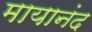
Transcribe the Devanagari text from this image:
मायानंद